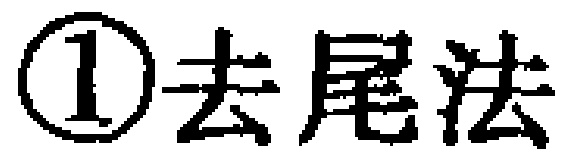
\textcircled{1}去尾法